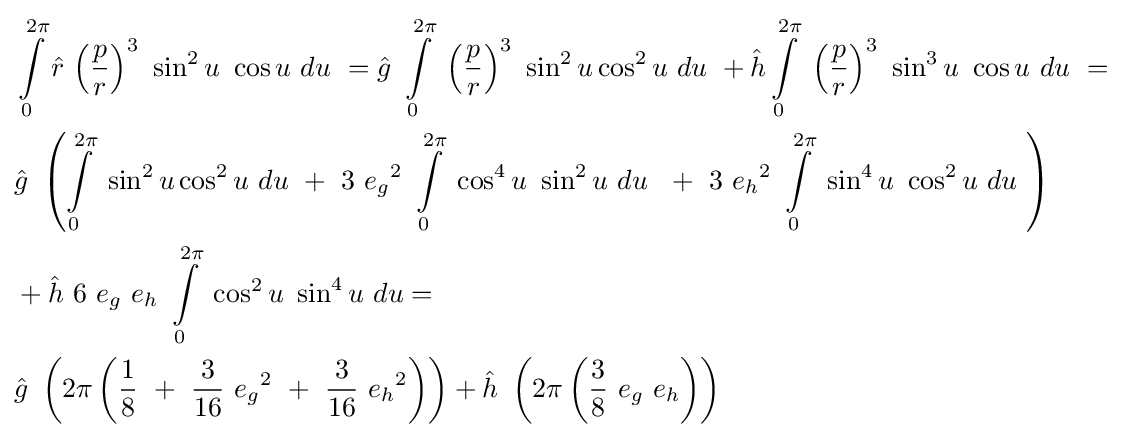
{\begin{aligned}&\int \limits _{0}^{2\pi }{\hat {r}}\ {\left({\frac {p}{r}}\right)}^{3}\ \sin ^{2}u\ \cos u\ du\ ={\hat {g}}\ \int \limits _{0}^{2\pi }\ {\left({\frac {p}{r}}\right)}^{3}\ \sin ^{2}u\cos ^{2}u\ du\ +{\hat {h}}\int \limits _{0}^{2\pi }\ {\left({\frac {p}{r}}\right)}^{3}\ \sin ^{3}u\ \cos u\ du\ =\\&{\hat {g}}\ \left(\int \limits _{0}^{2\pi }\ \sin ^{2}u\cos ^{2}u\ du\ +\ 3\ {e_{g}}^{2}\ \int \limits _{0}^{2\pi }\ \cos ^{4}u\ \sin ^{2}u\ du\ \ +\ 3\ {e_{h}}^{2}\ \int \limits _{0}^{2\pi }\ \sin ^{4}u\ \cos ^{2}u\ du\ \right)\\&+{\hat {h}}\ 6\ e_{g}\ e_{h}\ \int \limits _{0}^{2\pi }\ \cos ^{2}u\ \sin ^{4}u\ du=\\&{\hat {g}}\ \left(2\pi \left({\frac {1}{8}}\ +\ {\frac {3}{16}}\ {e_{g}}^{2}\ +\ {\frac {3}{16}}\ {e_{h}}^{2}\right)\right)+{\hat {h}}\ \left(2\pi \left({\frac {3}{8}}\ e_{g}\ e_{h}\right)\right)\end{aligned}}